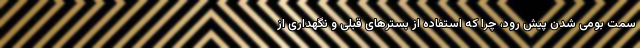
سمت بومی شدن پیش رود، چرا که استفاده از بسترهای قبلی و نگهداری از